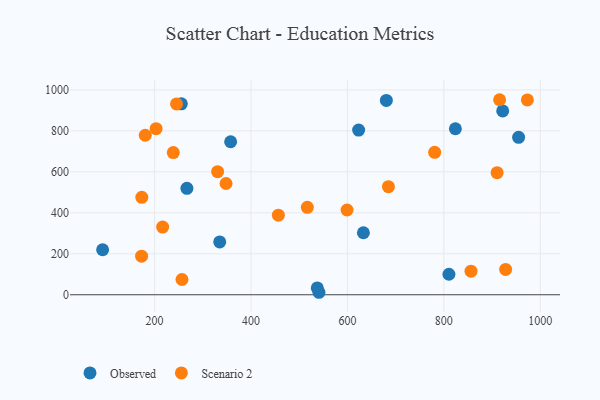
{"axis": {"x": "Engine Size", "y": "Sales"}, "legend": ["Observed", "Scenario 2"], "data": [{"x": "623.2", "y": 804.0, "type": "Observed"}, {"x": "922.0", "y": 897.7, "type": "Observed"}, {"x": "537.4", "y": 33.4, "type": "Observed"}, {"x": "255.4", "y": 932.0, "type": "Observed"}, {"x": "633.1", "y": 302.7, "type": "Observed"}, {"x": "680.7", "y": 948.9, "type": "Observed"}, {"x": "823.9", "y": 810.6, "type": "Observed"}, {"x": "357.7", "y": 747.0, "type": "Observed"}, {"x": "810.5", "y": 100.0, "type": "Observed"}, {"x": "955.0", "y": 768.5, "type": "Observed"}, {"x": "335.1", "y": 258.1, "type": "Observed"}, {"x": "267.0", "y": 519.7, "type": "Observed"}, {"x": "540.9", "y": 12.1, "type": "Observed"}, {"x": "92.2", "y": 219.7, "type": "Observed"}, {"x": "856.3", "y": 115.0, "type": "Scenario 2"}, {"x": "245.5", "y": 931.9, "type": "Scenario 2"}, {"x": "928.1", "y": 123.8, "type": "Scenario 2"}, {"x": "216.7", "y": 330.6, "type": "Scenario 2"}, {"x": "348.2", "y": 543.3, "type": "Scenario 2"}, {"x": "599.2", "y": 413.7, "type": "Scenario 2"}, {"x": "173.0", "y": 188.2, "type": "Scenario 2"}, {"x": "173.5", "y": 475.9, "type": "Scenario 2"}, {"x": "973.2", "y": 951.4, "type": "Scenario 2"}, {"x": "910.4", "y": 595.8, "type": "Scenario 2"}, {"x": "685.0", "y": 527.8, "type": "Scenario 2"}, {"x": "330.7", "y": 600.9, "type": "Scenario 2"}, {"x": "238.8", "y": 694.4, "type": "Scenario 2"}, {"x": "456.7", "y": 388.5, "type": "Scenario 2"}, {"x": "780.9", "y": 695.5, "type": "Scenario 2"}, {"x": "203.1", "y": 810.8, "type": "Scenario 2"}, {"x": "256.8", "y": 74.4, "type": "Scenario 2"}, {"x": "516.8", "y": 427.1, "type": "Scenario 2"}, {"x": "915.6", "y": 952.2, "type": "Scenario 2"}, {"x": "180.6", "y": 778.7, "type": "Scenario 2"}]}